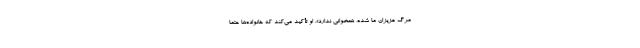
مرگ عزیزان ما شده، همخوانی ندارد». او تأکید می‌کند که خانواده‌ها حتما